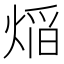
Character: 㷔